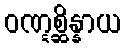
ဝဏ္ဋစ္ဆိန္နာယ